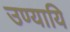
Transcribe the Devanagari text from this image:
उण्यायि